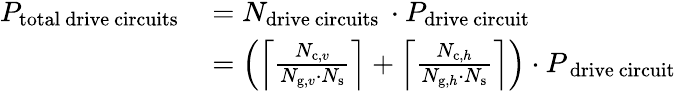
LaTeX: \begin{array}{rl}{P_{\mathrm{total~drive~circuits~}}}&{=N_{\mathrm{drive~circuits~}}\cdot P_{\mathrm{drive~circuit~}}}\\ &{=\left(\left\lceil\frac{N_{\mathrm{c},v}}{N_{\mathrm{g},v}\cdot N_{\mathrm{s}}}\right\rceil+\left\lceil\frac{N_{\mathrm{c},h}}{N_{\mathrm{g},h}\cdot N_{\mathrm{s}}}\right\rceil\right)\cdot P_{\mathrm{~drive~circuit~}}}\end{array}